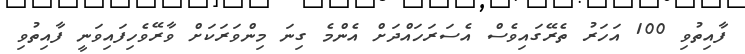
ފާއިތުވި 100 އަހަރު ތެރޭގައިވެސް އެސަރަހައްދަށް އެންމެ ގިނަ މިންވަރަކަށް ވާރޭވެހިފައިވަނީ ފާއިތުވި